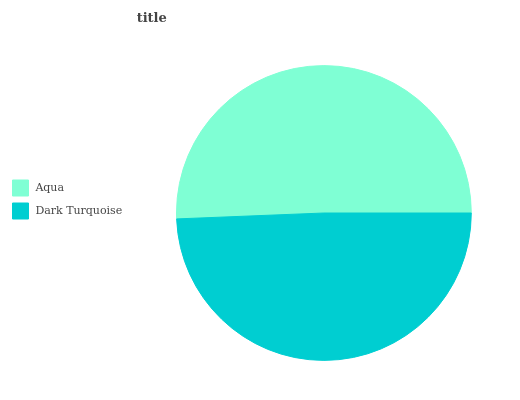
| Aqua | Dark Turquoise |
 | --- | --- |
 | 50.6% | 49.4% |